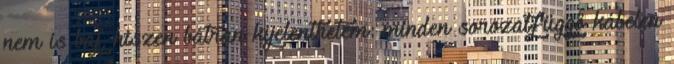
nem is baj, hiszen bátran kijelenthetem: minden sorozatfüggő kábelen